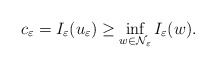
\begin{align*}c_\varepsilon=I_\varepsilon(u_\varepsilon)\geq \inf\limits_{w\in \mathcal{N}_\varepsilon}I_\varepsilon(w).\end{align*}